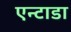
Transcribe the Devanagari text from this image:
एन्टाडा